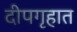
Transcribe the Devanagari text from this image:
दीपगृहात